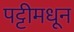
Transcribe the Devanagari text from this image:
पट्टीमधून